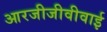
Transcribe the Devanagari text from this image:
आरजीजीवीवाई